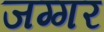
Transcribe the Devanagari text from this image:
जग्गर